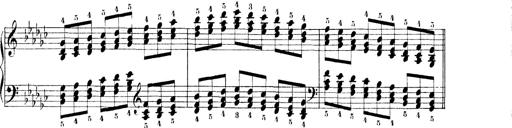
Title: Technische Studien
Composer: Franz Liszt